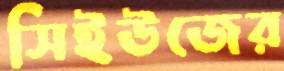
সিইউজের